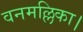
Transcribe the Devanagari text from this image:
वनमल्लिका।